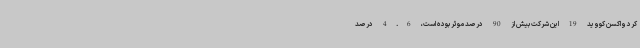
کرد واکسن کووید 19 این شرکت بیش از 90 درصد موثر بوده است، 4.6 درصد